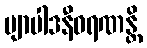
ဗျာပါဒနီဝရဏန္တိ